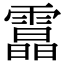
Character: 𩅟